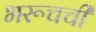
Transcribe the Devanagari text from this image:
भरूचची